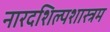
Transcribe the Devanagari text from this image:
नारदशिल्पशास्त्रम